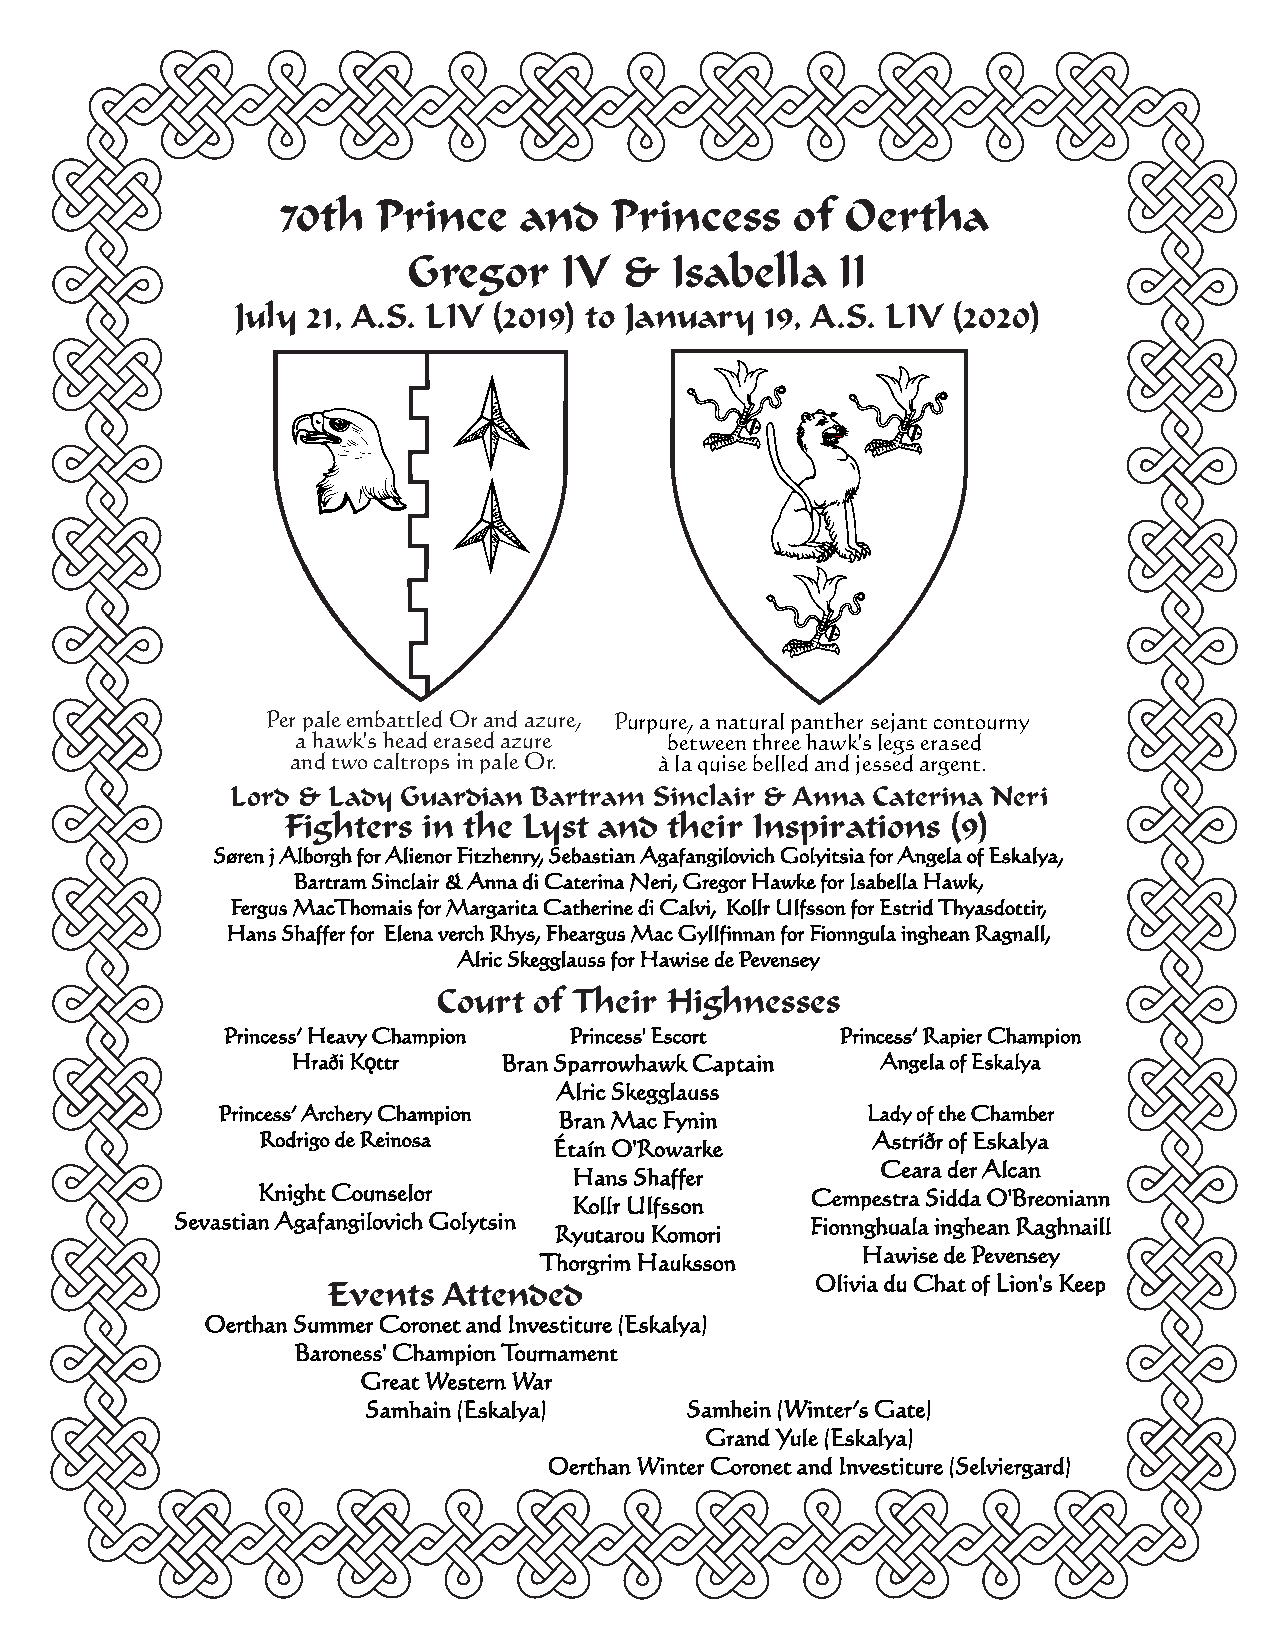
70th  Prince   and   Princess     of Oertha
 Gregor    IV  &  Isabella   II
 July 21, A.S. LIV (2019) to January 19, A.S. LIV (2020)
 Per pale embattled Or and azure, Purpure, a natural panther sejant contourny
 a hawk's head erased azure between three hawk's legs erased
 and two caltrops in pale Or. à la quise belled and jessed argent.
 Lord & Lady Guardian Bartram Sinclair & Anna Caterina Neri
 Fighters in the Lyst and their Inspirations (9)
 Søren j Alborgh for Alienor Fitzhenry, Sebastian Agafangilovich Golyitsia for Angela of Eskalya,
 Bartram Sinclair & Anna di Caterina Neri, Gregor Hawke for Isabella Hawk,
 Fergus MacThomais for Margarita Catherine di Calvi, Kollr Ulfsson for Estrid Thyasdottir,
 Hans Shaffer for Elena verch Rhys, Fheargus Mac Gyllfinnan for Fionngula inghean Ragnall,
 Alric Skegglauss for Hawise de Pevensey
 Court of Their Highnesses
 Princess’ Heavy Champion Princess' Escort Princess’ Rapier Champion
 Hraði Kǫttr   Bran Sparrowhawk Captain Angela of Eskalya
 Alric Skegglauss
 Princess’ Archery Champion Bran Mac Fynin  Lady of the Chamber
 Rodrigo de Reinosa                       Astríðr of Eskalya
 Étaín O'Rowarke
 Ceara der Alcan
 Hans Shaffer
 Knight Counselor                     Cempestra Sidda O'Breoniann
 Kollr Ulfsson
 Sevastian Agafangilovich Golytsin         Fionnghuala inghean Raghnaill
 Ryutarou Komori
 Hawise de Pevensey
 Thorgrim Hauksson
 Olivia du Chat of Lion's Keep
 Events Attended
 Oerthan Summer Coronet and Investiture (Eskalya)
 Baroness' Champion Tournament
 Great Western War
 Samhain (Eskalya)    Samhein (Winter’s Gate)
 Grand Yule (Eskalya)
 Oerthan Winter Coronet and Investiture (Selviergard)